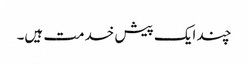
چند ایک پیش خدمت ہیں۔